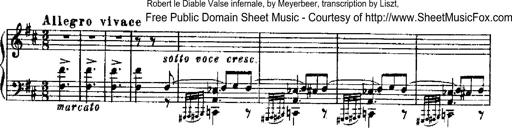
Title: RÃ©miniscences de Robert le diable
Composer: Franz Liszt